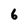
Character: 6